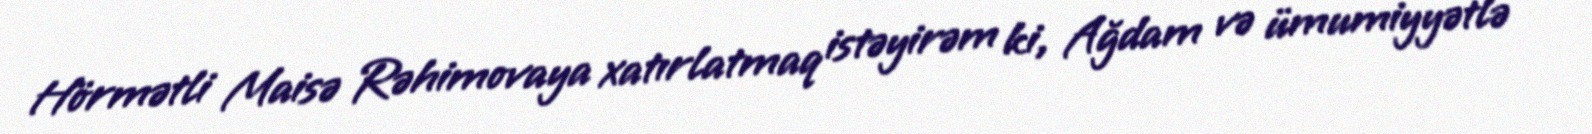
Hörmətli Maisə Rəhimovaya xatırlatmaq istəyirəm ki, Ağdam və ümumiyyətlə